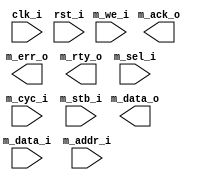
module debug_master_port (/*AUTOARG*/
   // Outputs
   m_data_o, m_ack_o, m_err_o, m_rty_o,
   // Inputs
   clk_i, rst_i, m_data_i, m_addr_i, m_sel_i, m_we_i, m_cyc_i,
   m_stb_i
   );
parameter dw=32;
   
parameter aw=16;
parameter sw=4;

input           clk_i, rst_i;

// Master 0 Interface
input   [dw-1:0]        m_data_i;
output  [dw-1:0]        m_data_o;
input   [aw-1:0]        m_addr_i;
input   [sw-1:0]        m_sel_i;
input                   m_we_i;
input                   m_cyc_i;
input                   m_stb_i;
output                  m_ack_o;
output                  m_err_o;
output                  m_rty_o;

endmodule